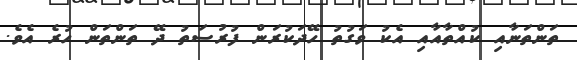
ތަންތަނާއި ކުއްތާއާއި އެކު ވަގުތު ހޭދަކުރަން ފުރުސަތު ދޭ ތަންތަން ހުރެ އެވެ.